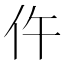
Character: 仵